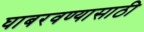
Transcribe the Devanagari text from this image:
घाबरवण्यासाठी